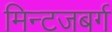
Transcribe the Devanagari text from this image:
मिन्टजबर्ग